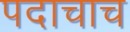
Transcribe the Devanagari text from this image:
पदाचाच